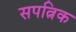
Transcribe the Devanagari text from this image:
सपत्निक